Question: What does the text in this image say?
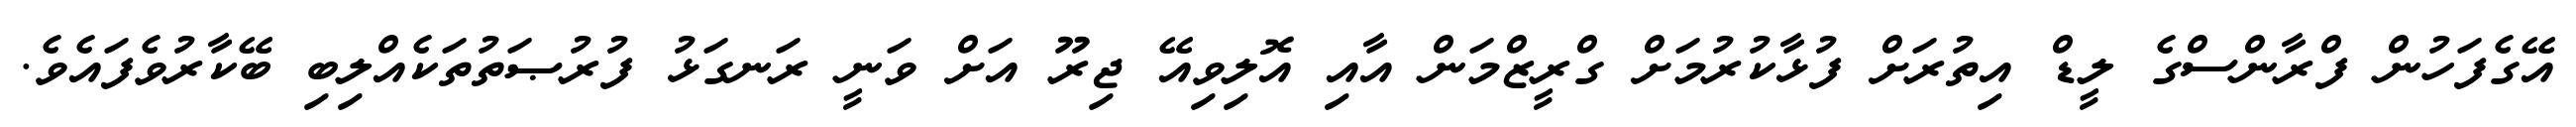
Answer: އޭގެފަހުން ފްރާންސްގެ ލީޑް އިތުރަށް ފުޅާކުރުމަށް ގްރީޒްމަން އާއި އޮލިވިއޭ ޖިރޫ އަށް ވަނީ ރަނގަޅު ފުރުޞަތުތަކެއްލިބި ބޭކާރުވެފައެވެ.